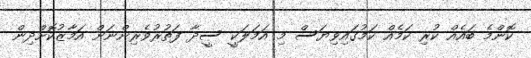
ކޮންމެ ބައެއް ކުރި ކަމެއް ކަމުގައިވިޔަސް މި އަމަލަކީ ސީދާ ފަތުރުވެރިންނަށް އަމާޒުކޮށްދިން